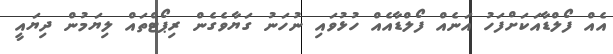
އެއް ފޯލްޑާއަކަށްފަހު އަނެއް ފޯލްޑާއެއް ހުޅުވައި ނުހަނު ގަޔާވެގެން ރިޕޯޓްތައް ލިޔަމުން ދިޔައީ